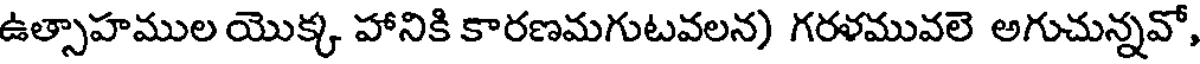
ఉత్సాహముల యొక్క హానికి కారణమగుటవలన) గరళమువలె అగుచున్నవో,